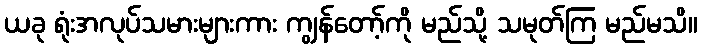
ယခု ရုံးအလုပ်သမားများကား ကျွန်တော့်ကို မည်သို့ သမုတ်ကြ မည်မသိ။